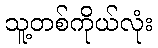
သူ့တစ်ကိုယ်လုံး